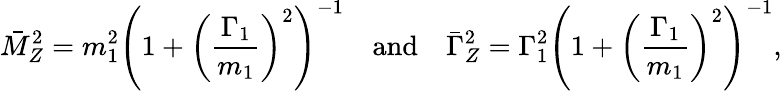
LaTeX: \bar{M}_{Z}^{2}=m_{1}^{2}\left(1+\left(\frac{\Gamma_{1}}{m_{1}}\right)^{2}\right)^{-1}\quad\mathrm{and}\quad\bar{\Gamma}_{Z}^{2}=\Gamma_{1}^{2}\left(1+\left(\frac{\Gamma_{1}}{m_{1}}\right)^{2}\right)^{-1},